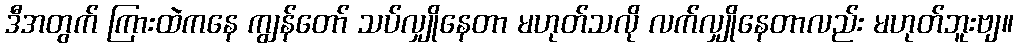
ဒီအတွက် ကြားထဲကနေ ကျွန်တော် သပ်လျှိုနေတာ မဟုတ်သလို လက်လျှိုနေတာလည်း မဟုတ်ဘူးဗျ။